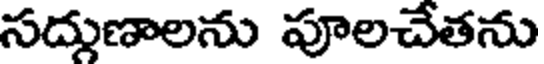
సదుణాలను పూలచేతను